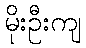
မိုးဦးကျ